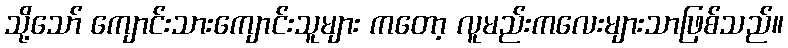
သို့သော် ကျောင်းသားကျောင်းသူများ ကတော့ လူမည်းကလေးများသာဖြစ်သည်။